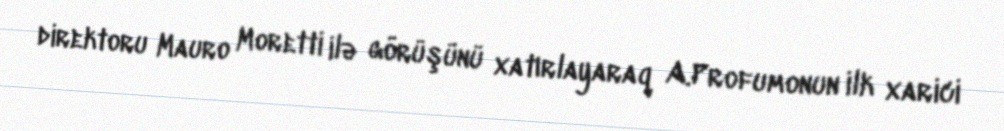
direktoru Mauro Moretti ilə görüşünü xatırlayaraq A.Profumonun ilk xarici